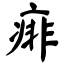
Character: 痱